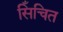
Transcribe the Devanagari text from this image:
सिँचित